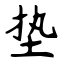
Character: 垫